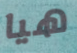
هيا